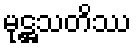
မုဋ္ဌသတိဿ